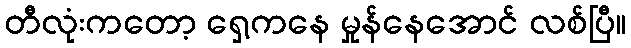
တီလုံးကတော့ ရှေ့ကနေ မှုန်နေအောင် လစ်ပြီ။